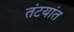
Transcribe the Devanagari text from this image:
तंटयांत